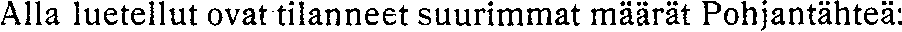
Alla luetellut ovat tilanneet suurimmat määrät Pohjantähteä: